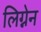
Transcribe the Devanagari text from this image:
लिग्नेन